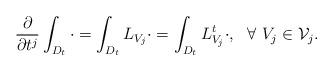
LaTeX: \begin{align*} \frac{\partial}{\partial t^j}\int_{D_t}\cdot=\int_{D_t}L_{V_j}\cdot=\int_{D_t}L^t_{V_j}\cdot,\ \ \forall \ V_j\in \mathcal V_j.\end{align*}